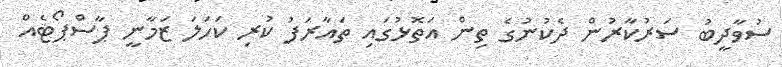
ސުވާދީބު ސަރުކާރުން ދެކުނުގެ ތިން އަތޮޅުގައި ތައާރަފު ކުރި ކަހަލަ ޒަމާނީ ޕާސްޕޯޓެއް